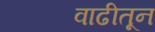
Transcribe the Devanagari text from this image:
वाढीतून